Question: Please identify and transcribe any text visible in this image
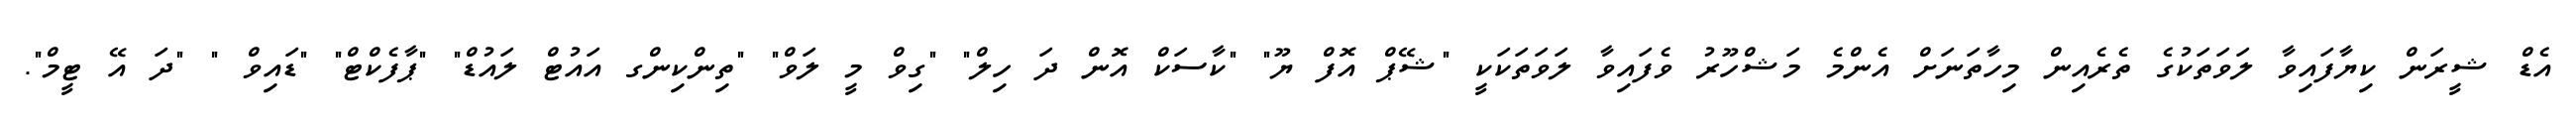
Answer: އެޑް ޝީރަން ކިޔާފައިވާ ލަވަތަކުގެ ތެރެއިން މިހާތަނަށް އެންމެ މަޝްހޫރު ވެފައިވާ ލަވަތަކަކީ "ޝޭޕް އޮފް ޔޫ" "ކާސަކް އޮން ދަ ހިލް" "ގިވް މީ ލަވް" "ތިންކިންގ އައުޓް ލައުޑް" "ޕާފެކްޓް" "ޑައިވް " "ދަ އޭ ޓީމް".